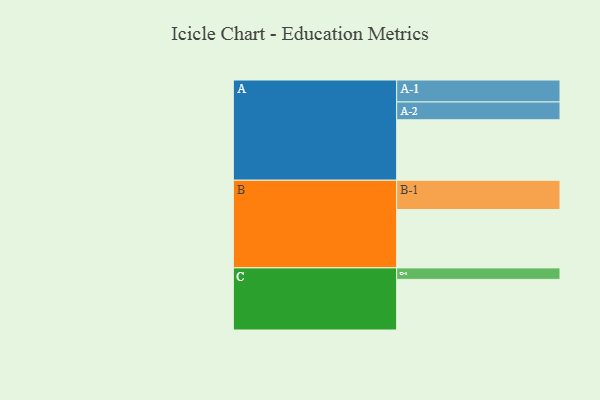
{"axis": {"x": "Segment", "y": "Value"}, "legend": ["", "A", "B", "C"], "data": [{"x": "A", "y": 547, "type": ""}, {"x": "B", "y": 528, "type": ""}, {"x": "C", "y": 458, "type": ""}, {"x": "A-1", "y": 199, "type": "A"}, {"x": "A-2", "y": 161, "type": "A"}, {"x": "B-1", "y": 265, "type": "B"}, {"x": "C-1", "y": 104, "type": "C"}]}